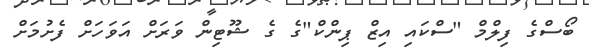
ބޯސްގެ ފިލްމް "ސްކައި އިޒް ޕިންކް"ގެ ގެ ޝޫޓިން ވަރަށް އަވަހަށް ފެށުމަށް